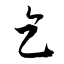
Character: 乞